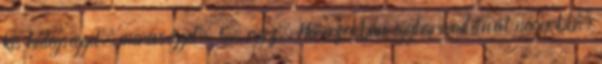
kis hidegséggel, merevséggel, 5. rajz. Ha azonban egyharmadánál nagyobb,